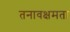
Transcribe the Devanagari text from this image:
तनावक्षमता